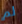
لم